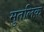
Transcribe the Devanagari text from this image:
मुतलिक़